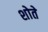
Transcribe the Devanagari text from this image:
शोते